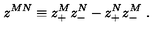
z ^ { M N } \equiv z _ { + } ^ { M } z _ { - } ^ { N } - z _ { + } ^ { N } z _ { - } ^ { M } \ .